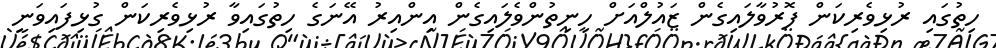
ހިތުގައި ރުޅިވެރިކަން ފޮރުވާލައިގެން ޒައުލްއަށް ހިނިތުންވެލައިގެން އިންއިރު އޭނަގެ ހިތުގައިވާ ރުޅިވެރިކަން ގުޅިފައިވަނީ